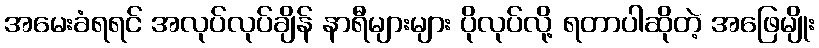
အမေးခံရရင် အလုပ်လုပ်ချိန် နာရီများများ ပိုလုပ်လို့ ရတာပါဆိုတဲ့ အဖြေမျိုး